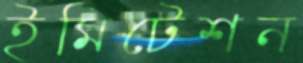
ইমিটেশন